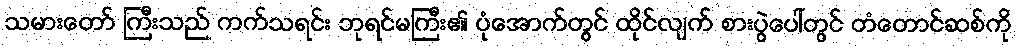
သမားတော် ကြီးသည် ကက်သရင်း ဘုရင်မကြီး၏ ပုံအောက်တွင် ထိုင်လျက် စားပွဲပေါ်တွင် တံတောင်ဆစ်ကို